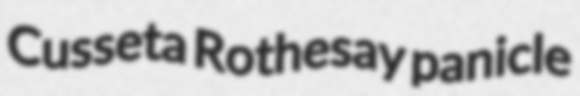
Cusseta Rothesay panicle